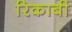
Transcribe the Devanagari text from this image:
रिकाबी